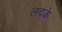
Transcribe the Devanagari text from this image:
लद्के